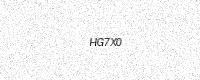
Text: HG7X0